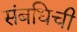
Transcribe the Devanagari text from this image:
संबधिची